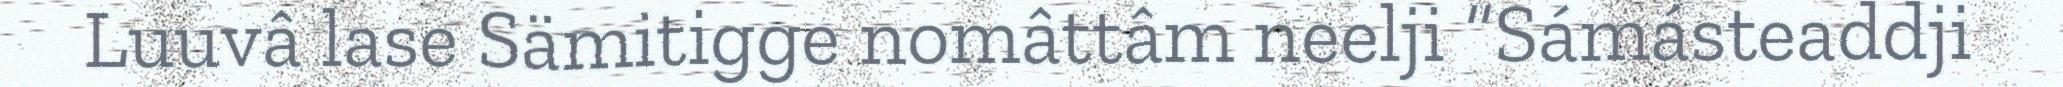
Luuvâ lase Sämitigge nomâttâm neelji “Sámásteaddji